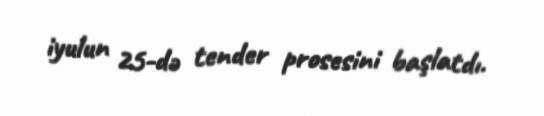
iyulun 25-də tender prosesini başlatdı.